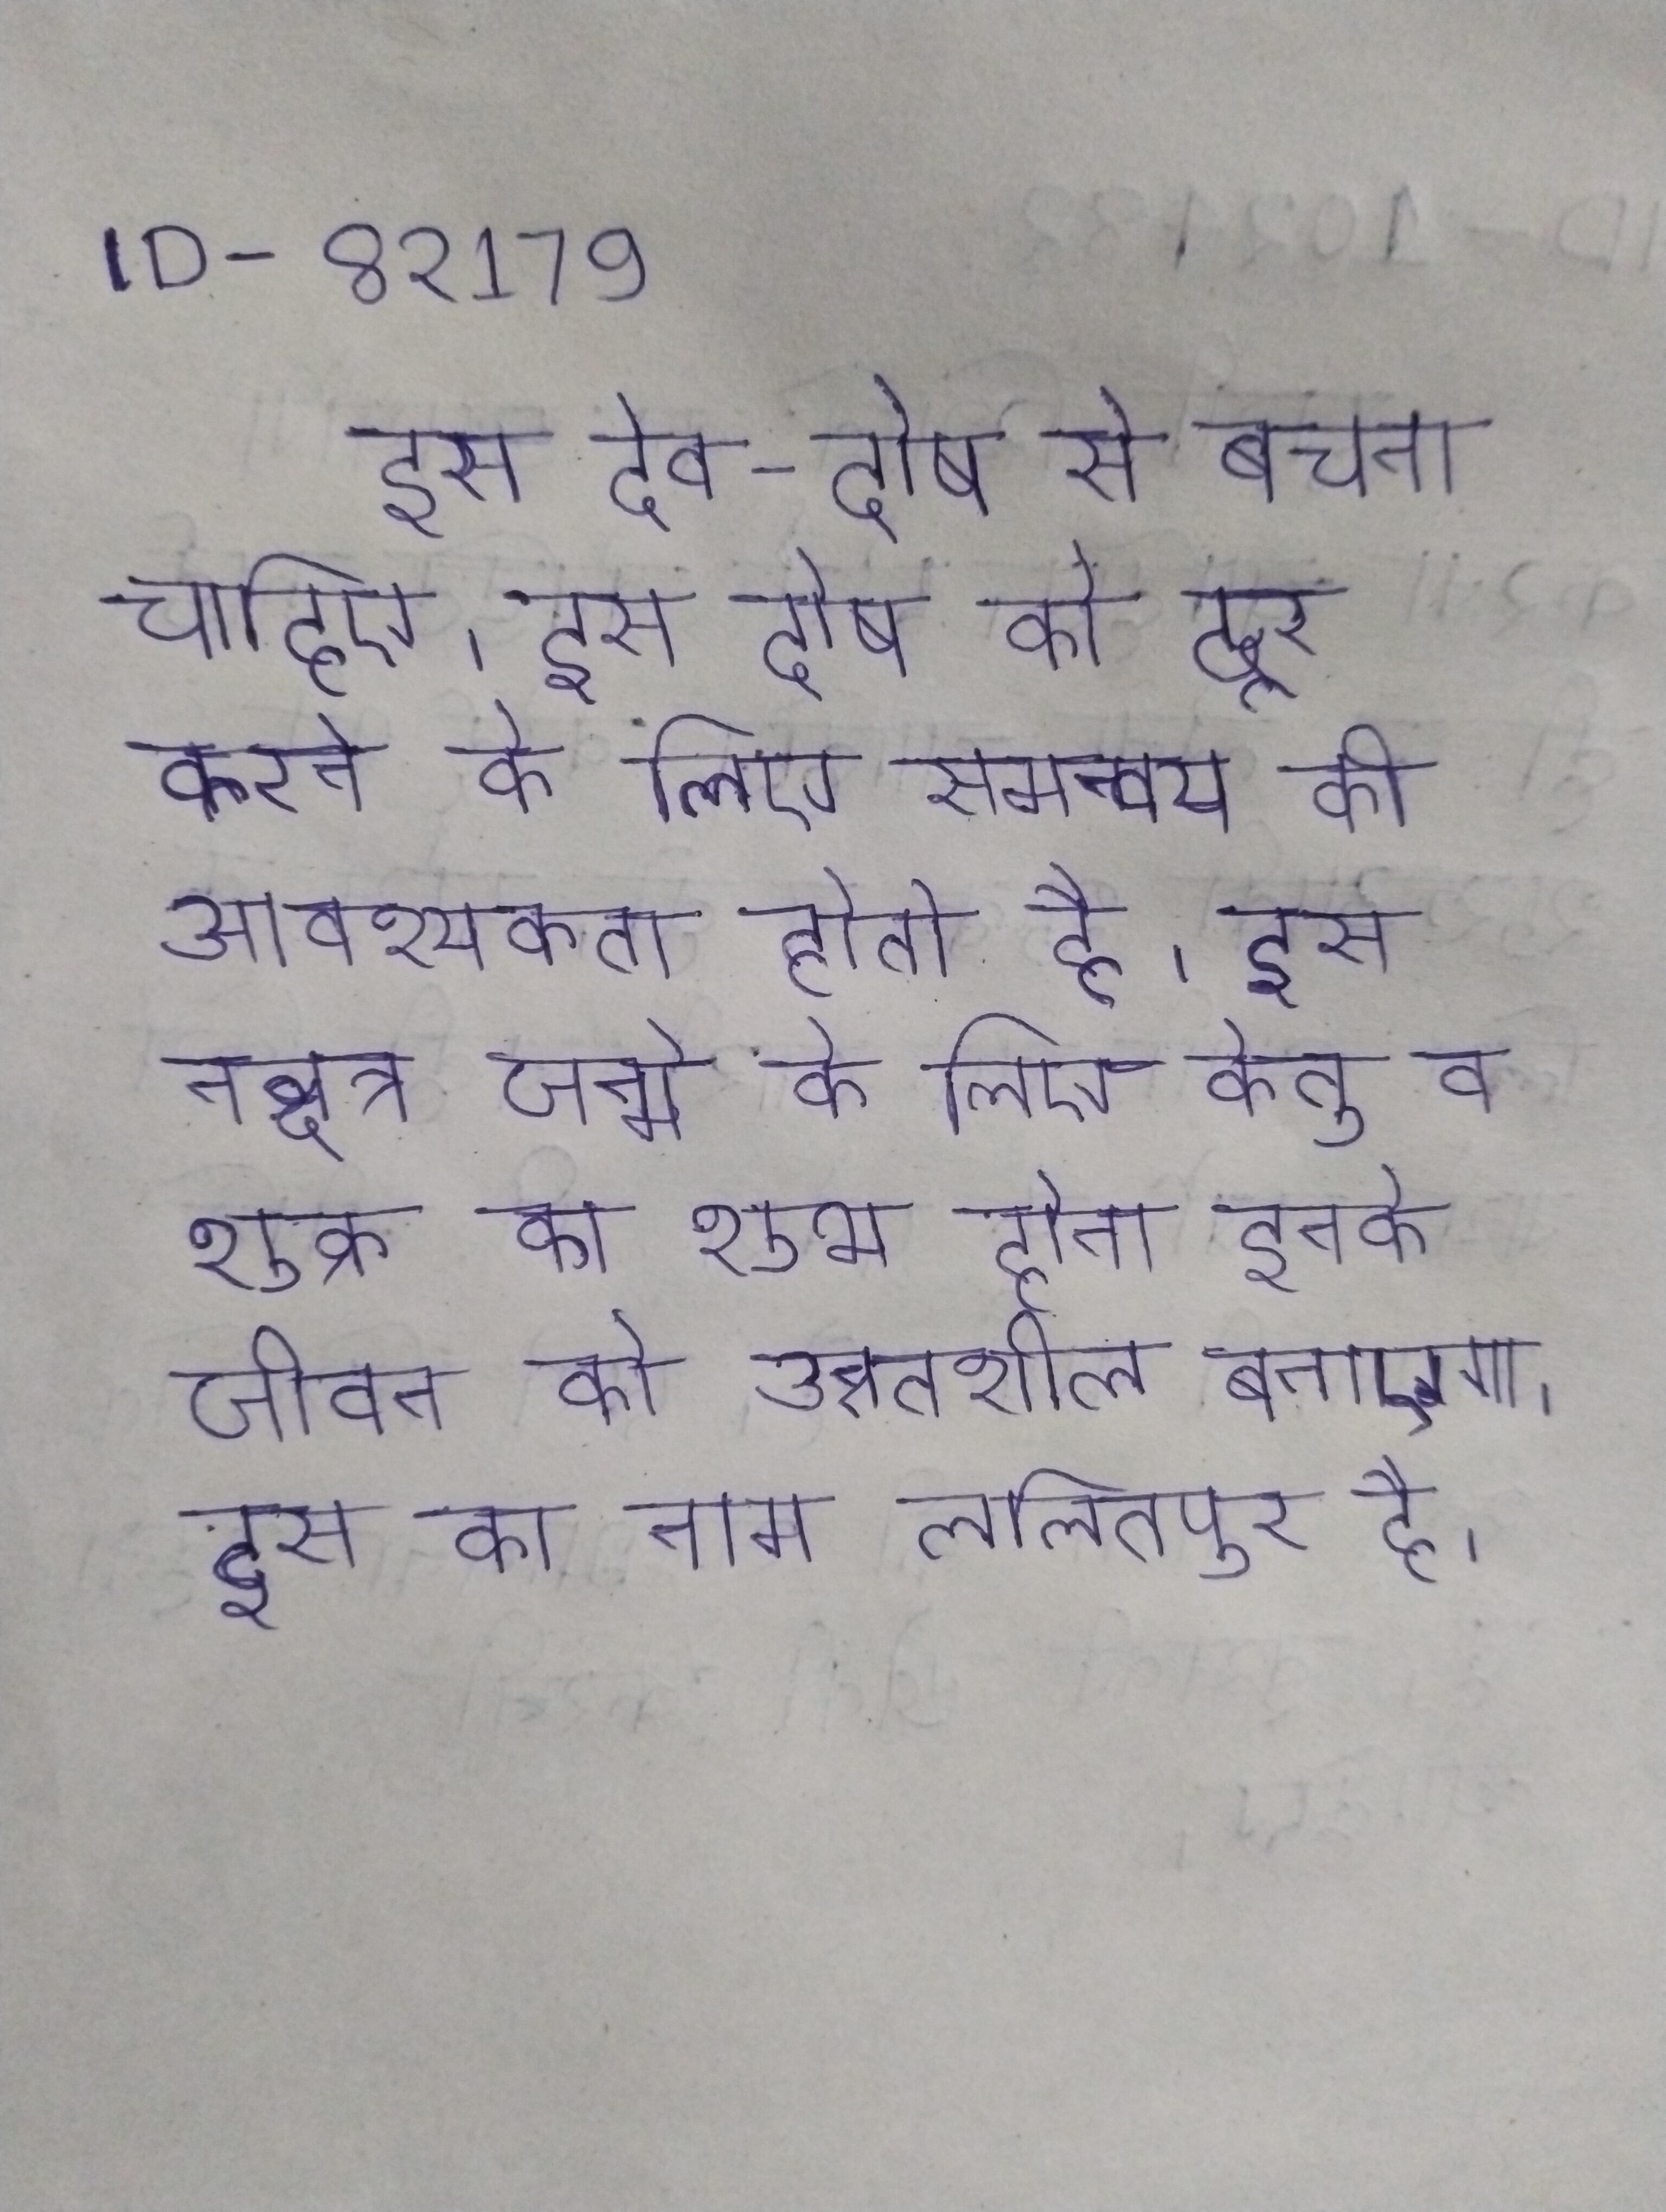
इस देव-दोष से बचना चाहिए । इस दोष को दूर करने के लिए समन्वय की आवश्यकता होती है । इस नक्षत्र जन्मे के लिए केतु व शुक्र का शुभ होना इनके जीवन को उन्नतशील बनाएगा । इस का नाम ललितपुर है ।